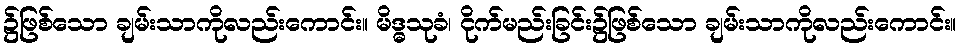
၌ဖြစ်သော ချမ်းသာကိုလည်းကောင်း။ မိဒ္ဓသုခံ၊ ငိုက်မည်းခြင်း၌ဖြစ်သော ချမ်းသာကိုလည်းကောင်း။